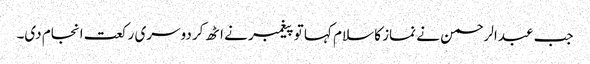
جب عبدالرحمن نے نماز کا سلام کہا تو پیغمبر نے اٹھ کر دوسری رکعت انجام دی۔